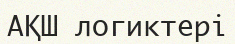
АҚШ логиктері